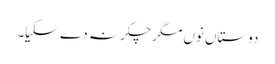
دوستاں نوں مگرچکر نہ دے سکیا۔